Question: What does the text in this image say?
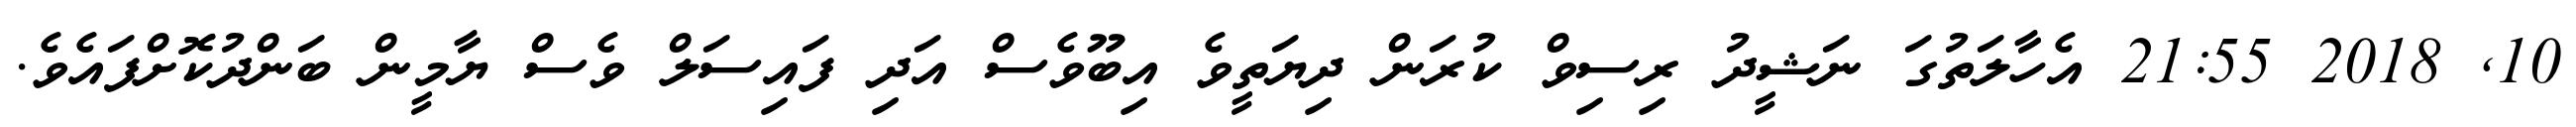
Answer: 10, 2018 21:55 އެހާލަތުގަ ނަޝީދު ރިސިވް ކުރަން ދިޔަތީވެ އިބޫވެސް އަދި ފައިސަލް ވެސް ޔާމީން ބަންދުކޮށްފައެވެ.